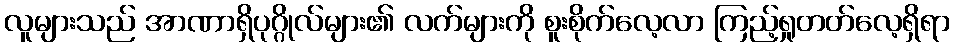
လူများသည် အာဏာရှိပုဂ္ဂိုလ်များ၏ လက်များကို စူးစိုက်လေ့လာ ကြည့်ရှုတတ်လေ့ရှိရာ